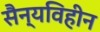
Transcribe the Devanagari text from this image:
सैन्यविहीन